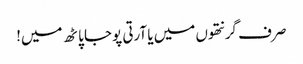
صر ف گرنتھوں میں یا آرتی پوجا پاٹھ میں!